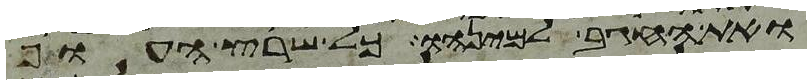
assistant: ואת החגב למינהו וכל שרץ העוף